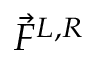
\Vec { F } ^ { L , R }